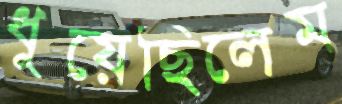
ধুয়েছিলেম